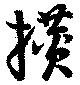
攅